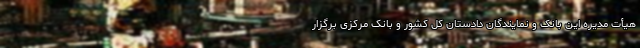
هیأت مدیره این بانک و نمایندگان دادستان کل کشور و بانک مرکزی برگزار